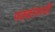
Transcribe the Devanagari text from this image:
पक्वांनाची